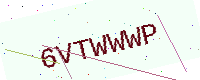
Text: 6VTWWWP